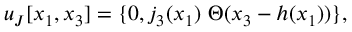
\boldsymbol { u } _ { J } [ x _ { 1 } , x _ { 3 } ] = \{ 0 , j _ { 3 } ( x _ { 1 } ) \ \Theta ( x _ { 3 } - h ( x _ { 1 } ) ) \} ,